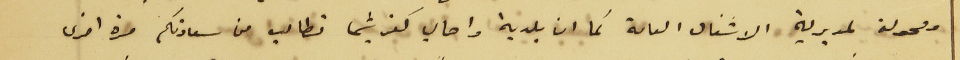
ومحولة لمديرية الاشغال العامة كما ان بلدية واهالي كفرشيما تطالب من سعادتكم مرة اخرى